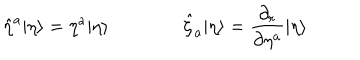
LaTeX: \hat { \eta } ^ { a } | \eta \rangle = \eta ^ { a } | \eta \rangle \qquad \qquad \hat { \zeta } _ { a } | \eta \rangle = \frac { \partial _ { r } } { \partial \eta ^ { a } } | \eta \rangle